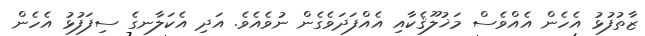
ޒާތުފުޅު އެހެން އެއްވެސް މަޚުލޫޤެކާއި އެއްފަދަވެގެން ނުވެއެވެ. އަދި އެކަލާނގެ ސިފަފުޅު އެހެން